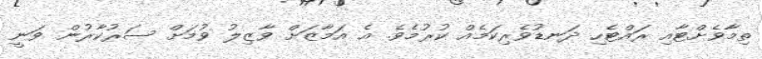
ތިމާވެށްޓާއި ރައްޓެހި ދަނޑުވެރިކަމެއް ކުރުމެވެ. އެ އަމާޒަށް ވާޒިލު ވުމަށް ސަރުކާރުން ވަނީ